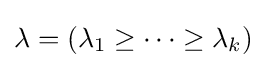
\lambda =(\lambda _{1}\geq \cdots \geq \lambda _{k})